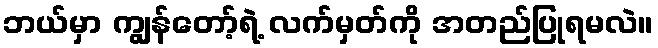
ဘယ်မှာ ကျွန်တော့်ရဲ့ လက်မှတ်ကို အတည်ပြုရမလဲ။